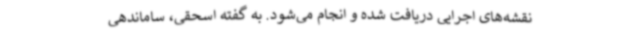
نقشه‌های اجرایی دریافت شده و انجام می‌شود. به گفته اسحقی، ساماندهی